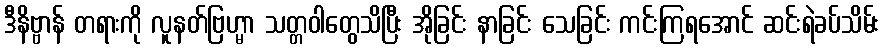
ဒီနိဗ္ဗာန် တရားကို လူနတ်ဗြဟ္မာ သတ္တဝါတွေသိပြီး အိုခြင်း နာခြင်း သေခြင်း ကင်းကြရအောင် ဆင်းရဲခပ်သိမ်း